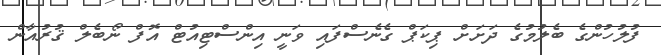
ފުލުހުންގެ ބެލުމުގެ ދަށަށް ޕިކަޕް ގެނެސްފައި ވަނީ އިންސްޓިއުޓް އޮފް ނޯބެލް ޤުރުއާން